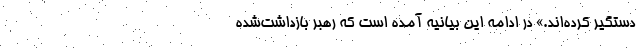
دستگیر کرده‌اند.» در ادامه این بیانیه آمده است که رهبر بازداشت‌شده